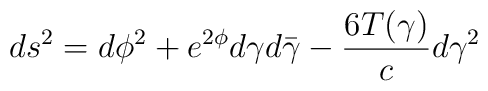
ds^2 = d\phi^2 +  e^{2\phi} d\gamma d\bar\gamma - {6T(\gamma) \over c}d\gamma^2